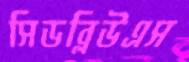
সিডব্লিউএস